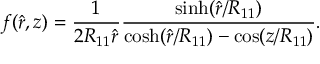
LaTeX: f ( \hat { r } , z ) = \frac { 1 } { 2 R _ { 1 1 } \hat { r } } \frac { \sinh ( \hat { r } / R _ { 1 1 } ) } { \cosh ( \hat { r } / R _ { 1 1 } ) - \cos ( z / R _ { 1 1 } ) } .